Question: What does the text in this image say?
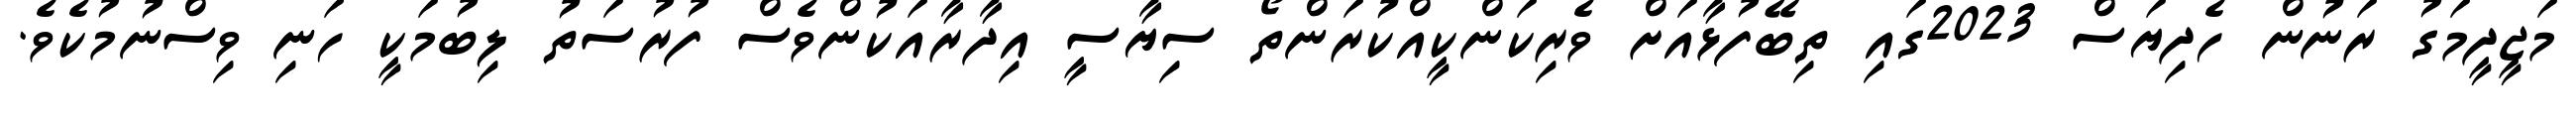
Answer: މަޖީދީމަގު ރަނުން ހެދިޔަސް 2023ގައި ތިބޭފުޅާއަށް ވެރިކަންކީއްކުރަންތޯ ސިޔާސީ އިދާރާއަކުންވެސް ފުރުސަތު ލިބުމަކީ ހަނި ވިސްނުމުކެވެ.